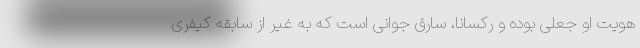
هویت او جعلی بوده و رکسانا، سارق جوانی است که به غیر از سابقه کیفری